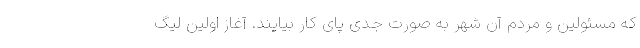
که مسئولین و مردم آن شهر به صورت جدی پای کار بیایند. آغاز اولین لیگ